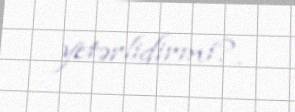
yetərlidirmi?.